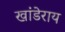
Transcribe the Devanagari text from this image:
खांडेराय